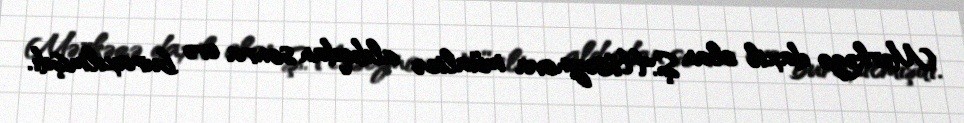
Mərkəzə daxil olan Ş.Hüseynova müalicə aldıqdan sonra evə buraxılmışdı.